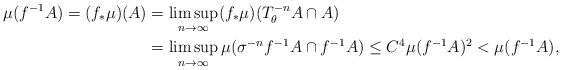
LaTeX: \begin{align*}\mu(f^{-1}A) =(f_*\mu)(A)&=\limsup_{n\to\infty}(f_*\mu)(T^{-n}_\theta A \cap A)\\& = \limsup_{n \to \infty} \mu(\sigma^{-n}f^{-1}A \cap f^{-1}A) \leq C^4 \mu(f^{-1}A)^2<\mu(f^{-1}A),\end{align*}